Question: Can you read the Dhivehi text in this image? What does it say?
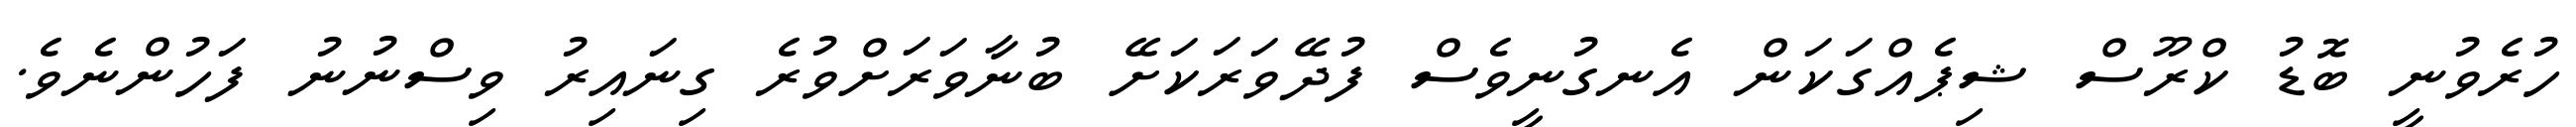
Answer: ހުރެވުނީ ބޮޑު ކްރޫސް ޝިޕެއްގަކަން އެނގުނީވެސް ފުދޭވަރަކަށޭ ބުނާވަރަށްވުރެ ގިނައިރު ވިސްނުނު ފަހުންނެވެ.